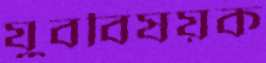
যুববিষয়ক